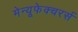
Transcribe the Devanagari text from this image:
मेन्यूफेक्चरर्स